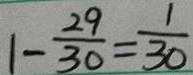
1 - \frac { 2 9 } { 3 0 } = \frac { 1 } { 3 0 }